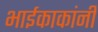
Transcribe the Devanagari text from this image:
भाईकाकांनी